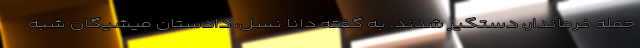
جمله فرماندار، دستگیر شدند. به گفته دانا نسل، دادستان میشیگان شبه